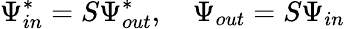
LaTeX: \Psi_{in}^{*}=S\Psi_{out}^{*},\quad\Psi_{out}=S\Psi_{in}